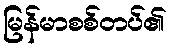
မြန်မာစစ်တပ်၏